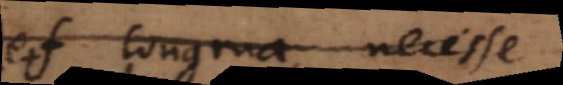
f congrua, necesse